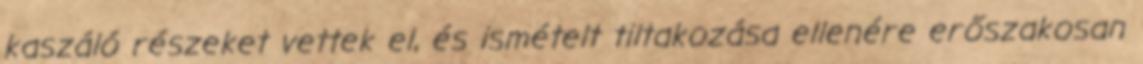
kaszáló részeket vettek el, és ismételt tiltakozása ellenére erőszakosan